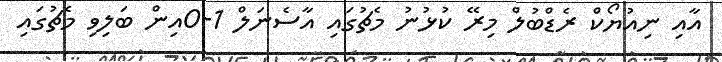
އާއި ނިއުޔޯކް ރެޑްބުލް މިރޭ ކުޅުނު މެޗުގައި އާސެނަލް 1-0އިން ބަލިވި މެޗުގައި